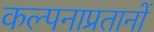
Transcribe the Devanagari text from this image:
कल्पनाप्रतानों